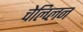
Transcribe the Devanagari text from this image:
चेल्प्लिन